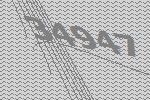
34947